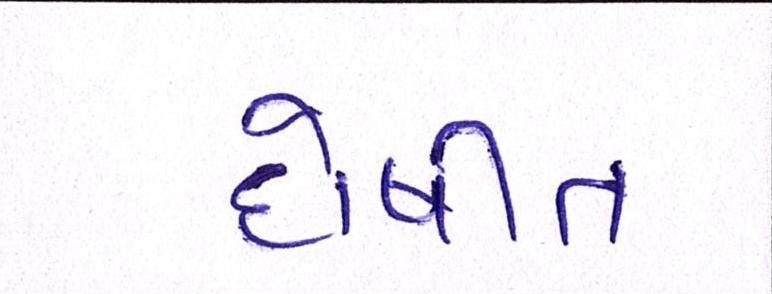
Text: દોષીત